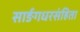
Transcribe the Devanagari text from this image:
सार्ङगधरसंहिता